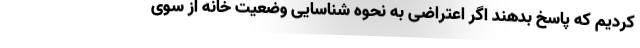
کردیم که پاسخ بدهند اگر اعتراضی به نحوه شناسایی وضعیت خانه از سوی